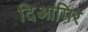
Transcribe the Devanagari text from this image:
दिआमिर